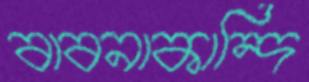
বাবনাকান্দি